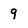
Character: 9